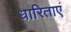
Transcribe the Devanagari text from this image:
धारिताएं